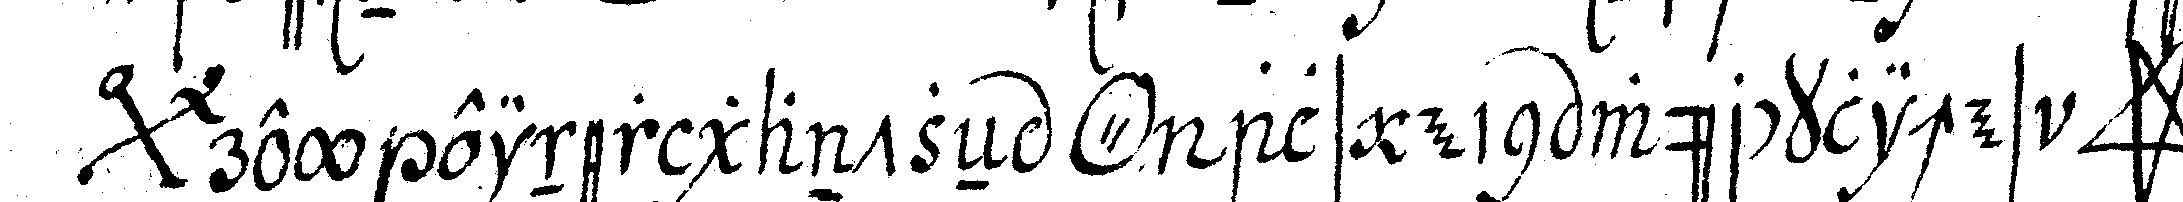
*bigx* rey einer gantzeN *o* als ein würckliches *star*